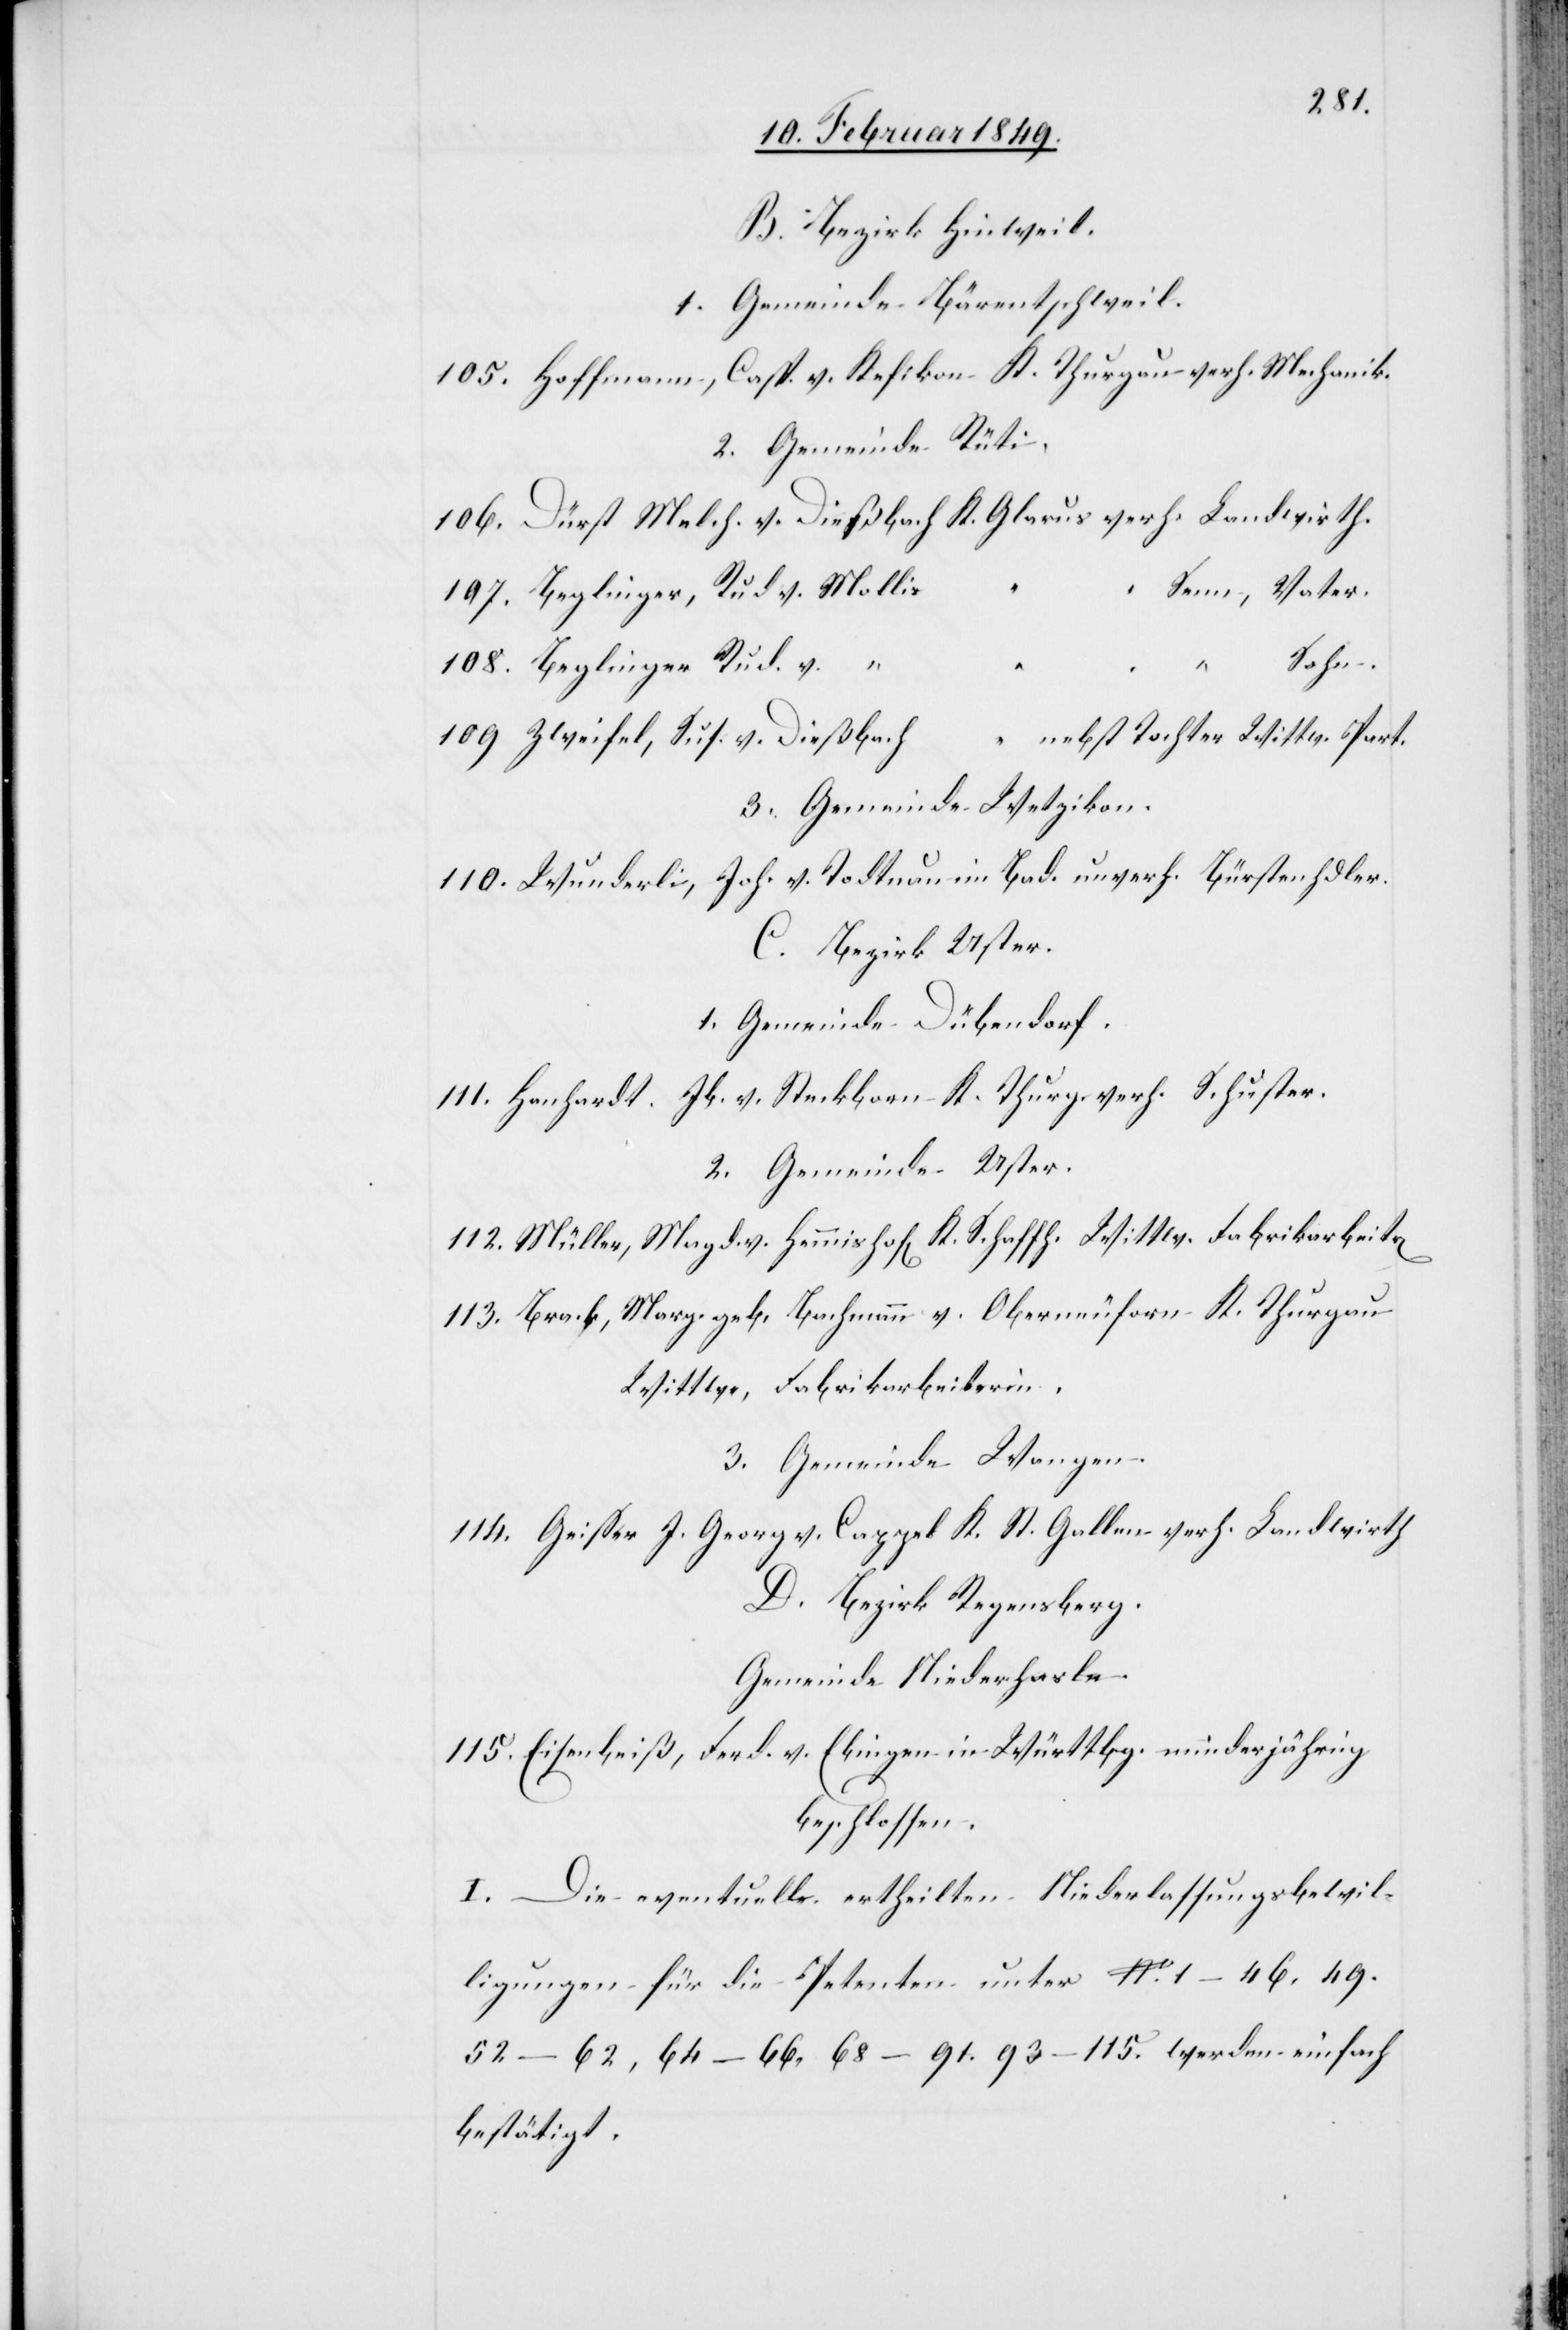
B. Bezirk Hinweil.
1. Gemeinde Bärentschweil.
105. Hoffmann, Casp. v. Kefikon K. Thurgau verh. Mechanik.
2. Gemeinde Rüti.
106. Dürst Melch. v. Dießbach K. Glarus verh. Landwirth.
in]
Senn, Vater.
107. Beglinger, Rud v. Mollis
Sohn.
108. Beglinger, Rud. v. “
nebst Tochter Wittw. Part.
109 Zweifel, Sus. v. Dießbach
3. Gemeinde Wetzikon.
110. Wunderli, Joh. v. Todtnau im Bad. unverh. Bürstenhdler.
C. Bezirk Uster.
1. Gemeinde Dübendorf.
111. Hanhardt, Jb. v. Steckborn K. Thurg. verh. Schuster.
2. Gemeinde Uster.
112. Müller, Magd. v. Hemmishof[en] K. Schaffh. Wittw. Fabrikarbeite[r¬
113. Brack, Marg. geb. Bachmann v. °Oberneuforn K. Thurgau
Wittwe, Fabrikarbeiterin.
3. Gemeinde Wangen.
114. Geisser J. Georg v. Cappel K. St. Gallen verh. Landwirth
D. Bezirk Regensberg.
Gemeinde Niederhasle.
115. Eisenbeiß, Ferd. v. Ebingen in Württbg. minderjährig
beschlossen.
I. Die eventuellr. ertheilten Niederlassungsbewil¬
ligungen für die Petenten unter No. 1–46. 49.
52–62, 64–66, 68–91. 93–115. werden einfach
bestätigt.